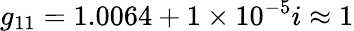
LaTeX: g_{11}=1.0064+1\times 10^{-5}i\approx 1